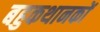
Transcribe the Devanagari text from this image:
बहुकथानकों